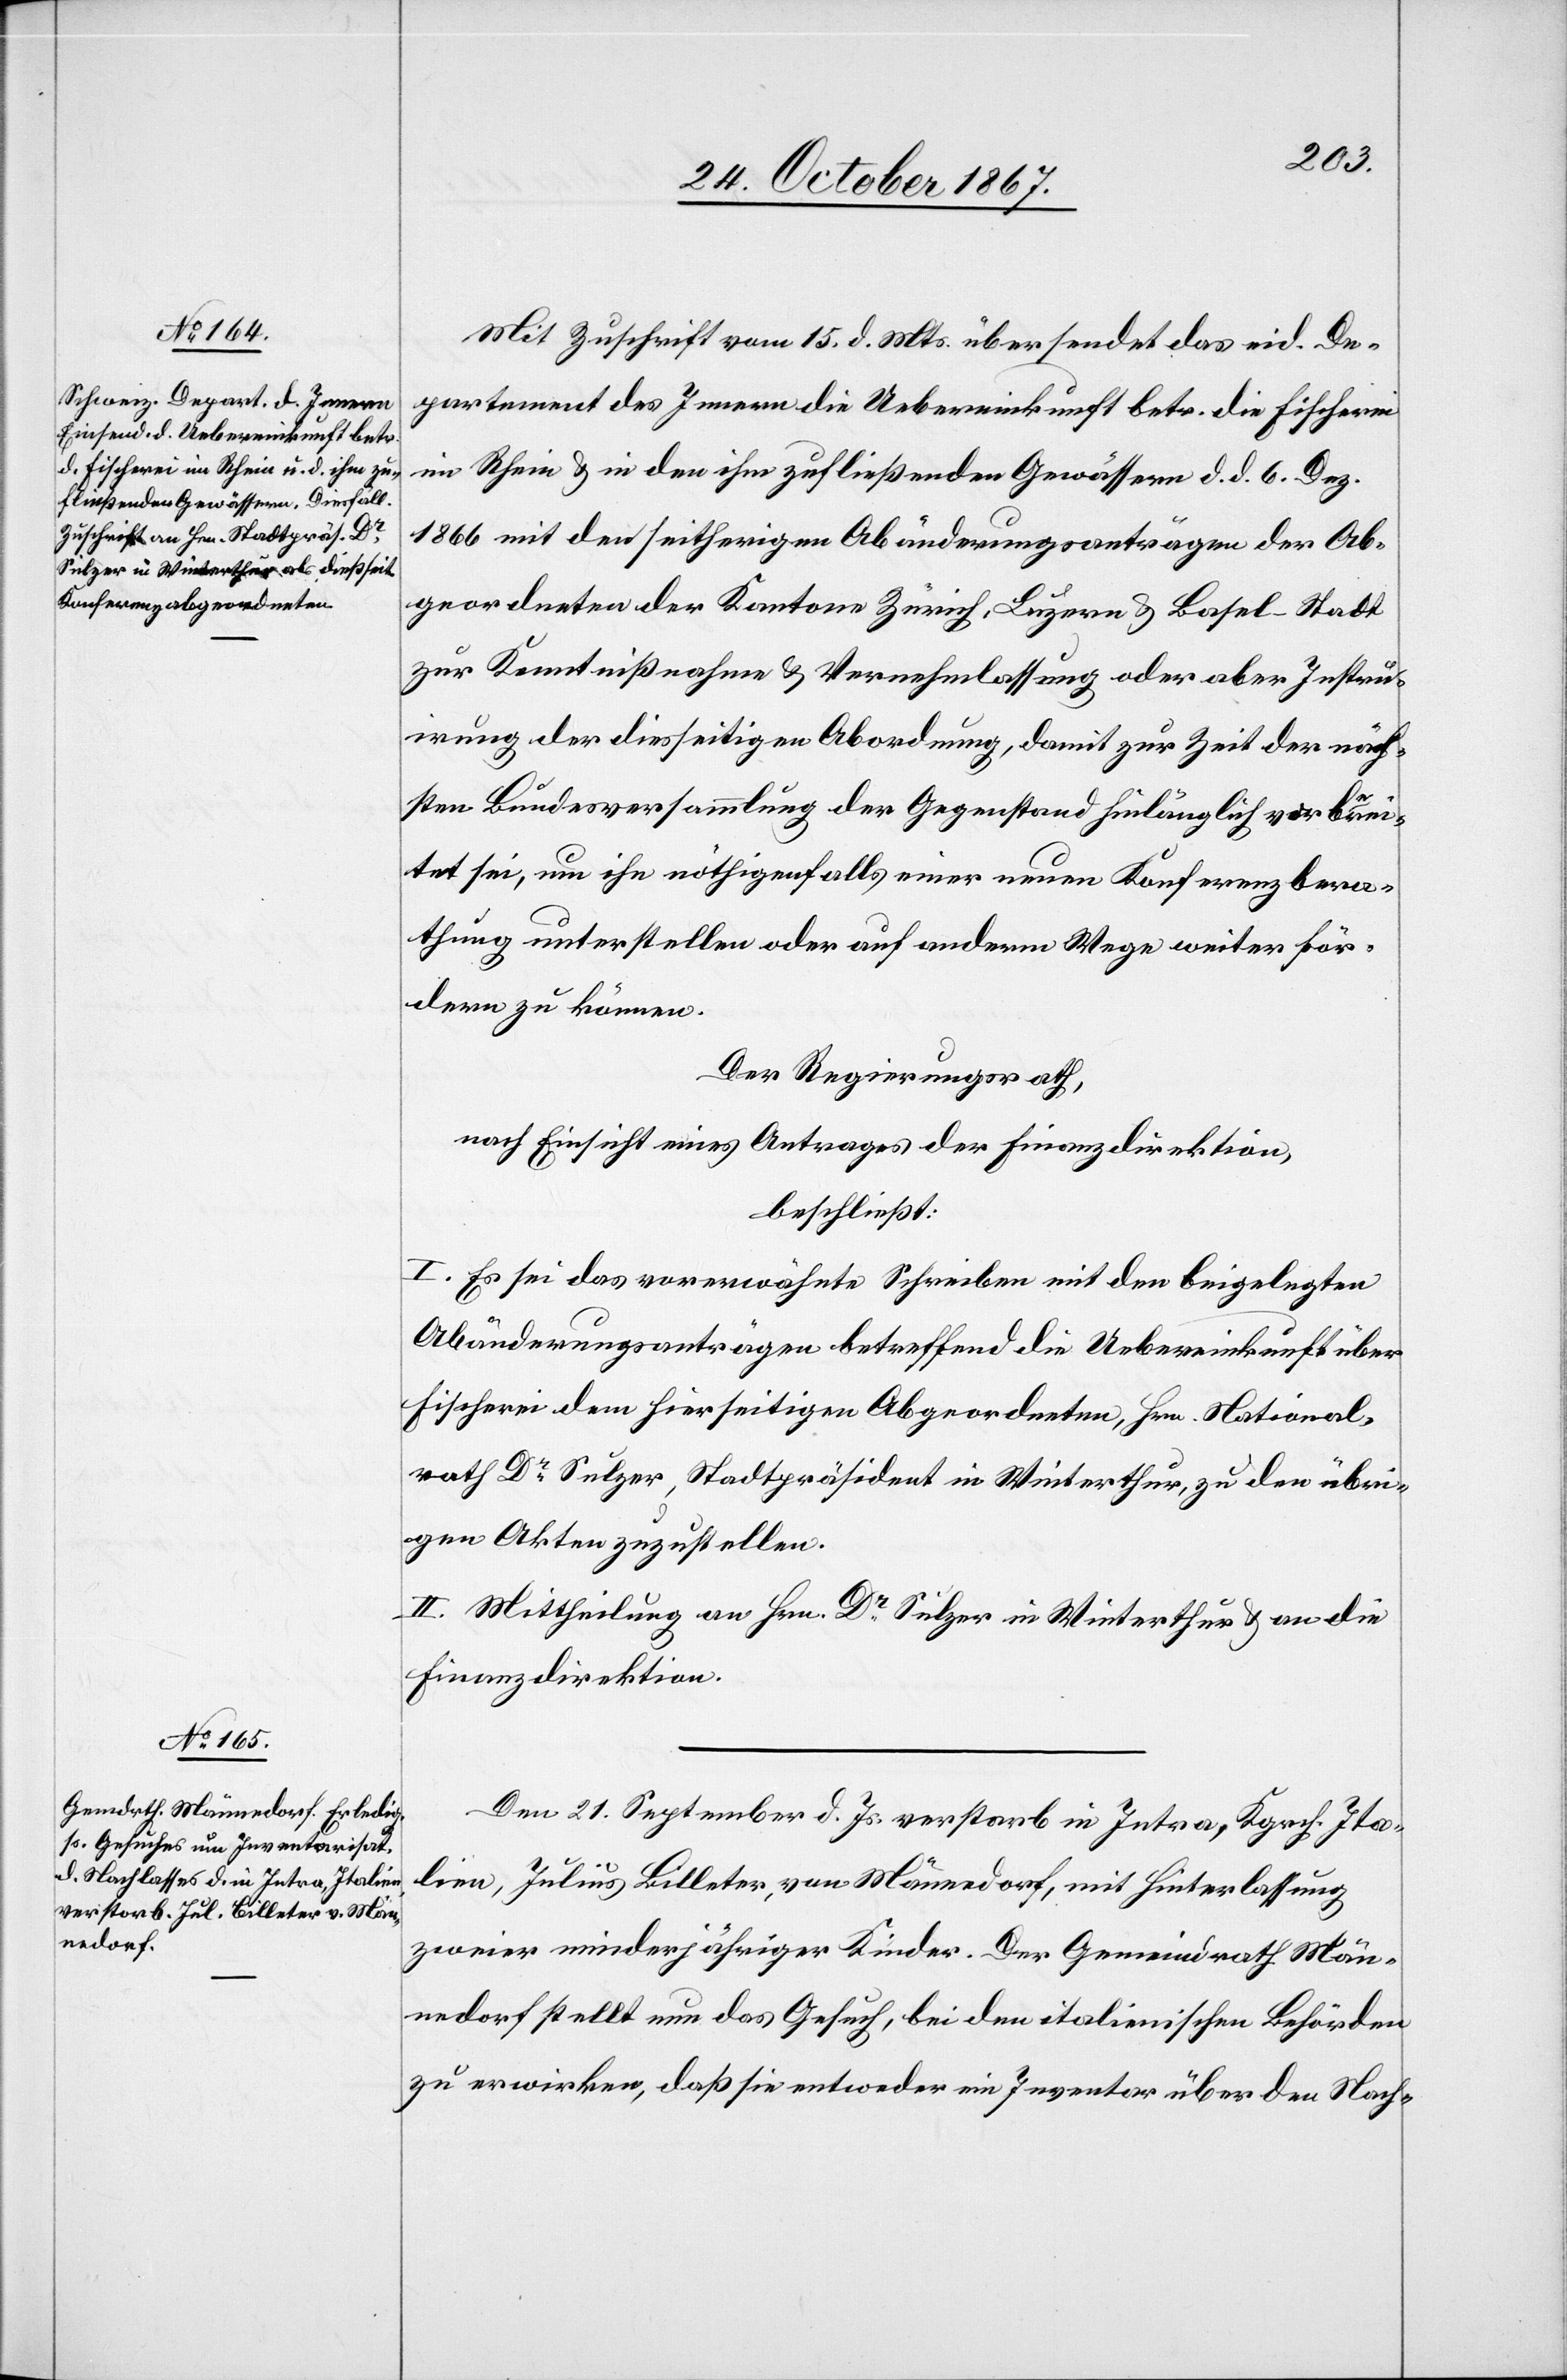
Mit Zuschrift vom 15. d. Mts. übersendet das eid. De¬
partement des Innern die Uebereinkunft betr. die Fischerei
im Rhein u. den ihm zufließenden Gewässern d. d. 6. Dez.
1866 mit den seitherigen Abädnderungsanträgen der Ab¬
geordneten der Kantone Zürich, Luzern u. Basel-Stadt
zur Kenntnißnahme u. Vernehmlassung oder aber Instru¬
irung der diesseitigen Abordnung, damit zur Zeit der näch¬
sten Bundesversammlung der Gegenstand hinlänglich vorberei¬
tet sei, um ihn nöthigenfalls einer neuen Konferenzbera¬
thung unterstellen oder auf anderm Wege weiter för¬
dern zu können.
Der Regierungsrath,
nach Einsicht eines Antrages der Finanzdirektion,
beschließt:
I. Es sei das vorerwähnte Schreiben mit den beigelegten
Abänderungsanträgen betreffend die Uebereinkunft über
Fischerei dem hierseitigen Abgeordneten, Hrn. National¬
rath Dr Sulzer, Stadtpräsident in Winterthur, zu den übri¬
gen Akten zuzustellen.
II. Mittheilung an Hrn. Dr Sulzer in Winterthur u. an die
Finanzdirektion.
Den 21. September d. Js. verstarb in Intra, Kgrch. Ita¬
lien, Julius Billeter, von Männedorf, mit Hinterlassung
zweier minderjähriger Kinder. Der Gemeindrath Män¬
nedorf stellt nun das Gesuch, bei den italienischen Behörden
zu erwirken, daß sie entweder ein Inventar über den Nach-